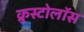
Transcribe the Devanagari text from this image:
क्रुस्टोलॉस